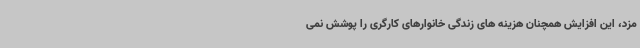
مزد، این افزایش همچنان هزینه های زندگی خانوارهای کارگری را پوشش نمی